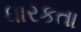
ધારકતા